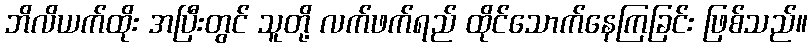
ဘိလိယက်ထိုး အပြီးတွင် သူတို့ လက်ဖက်ရည် ထိုင်သောက်နေကြခြင်း ဖြစ်သည်။